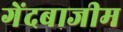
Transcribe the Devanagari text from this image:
गेंदबाजीम